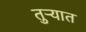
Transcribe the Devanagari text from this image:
तुऱ्यात